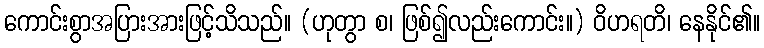
ကောင်းစွာအပြားအားဖြင့်သိသည်။ (ဟုတွာ စ၊ ဖြစ်၍လည်းကောင်း။) ဝိဟရတိ၊ နေနိုင်၏။